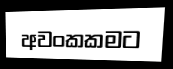
අවංකකමට